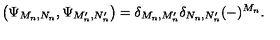
\left( \Psi _ { M _ { n } , N _ { n } } , \Psi _ { M _ { n } ^ { \prime } , N _ { n } ^ { \prime } } \right) = \delta _ { M _ { n } , M _ { n } ^ { \prime } } \delta _ { N _ { n } , N _ { n } ^ { \prime } } ( - ) ^ { M _ { n } } .